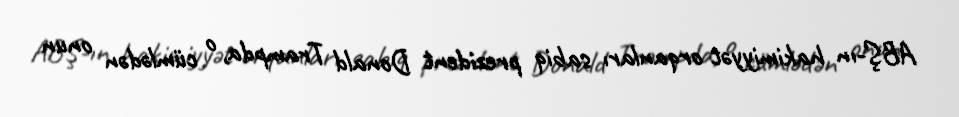
ABŞ-ın hakimiyyət orqanları sabiq prezident Donald Trampda, o cümlədən onun